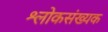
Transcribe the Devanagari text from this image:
श्लोकसंख्यक